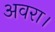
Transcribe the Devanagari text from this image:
अवरा।